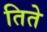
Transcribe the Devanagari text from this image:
तिते